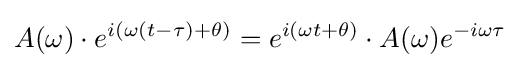
A(\omega )\cdot e^{i(\omega (t-\tau )+\theta )}=e^{i(\omega t+\theta )}\cdot A(\omega )e^{-i\omega \tau }